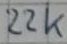
Text: 22k